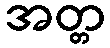
အတ္တ